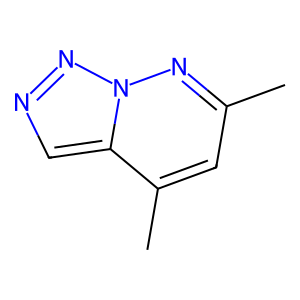
SMILES: Cc1cc(C)c2cnnn2n1
Inhibits HIV replication: No